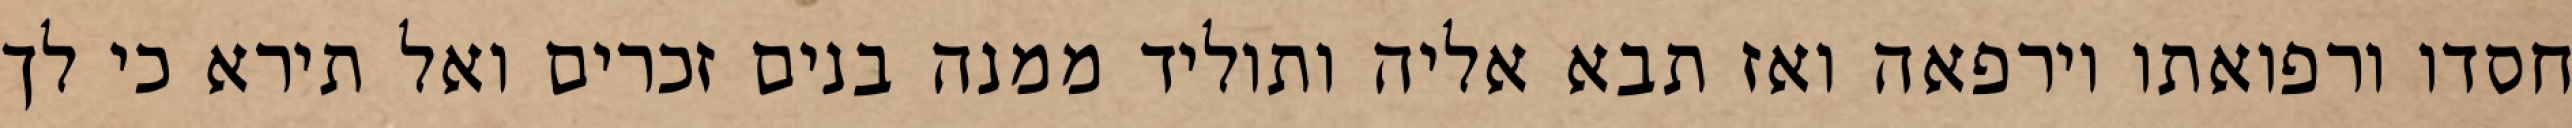
חסדו ורפואתו וירפאה ואז תבא אליה ותוליד ממנה בנים זכרים ואל תירא כי לך